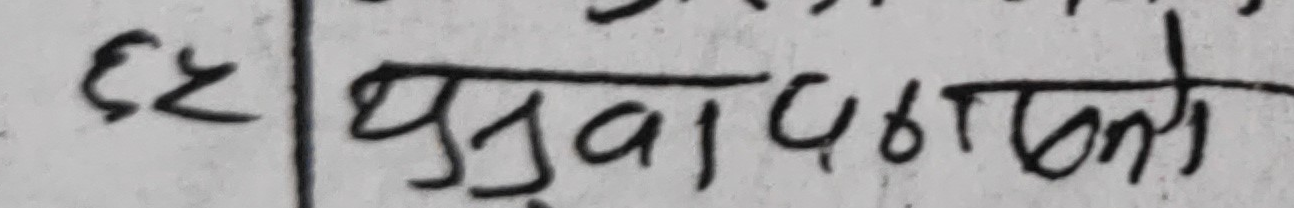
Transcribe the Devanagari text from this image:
६३ युवापठनतं